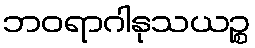
ဘဝရာဂါနုသယဉ္စ